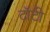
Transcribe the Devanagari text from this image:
टॉटी